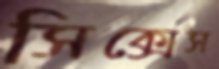
সিক্সেস